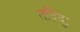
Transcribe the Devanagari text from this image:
तद्विदुः